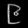
Digit: ၉